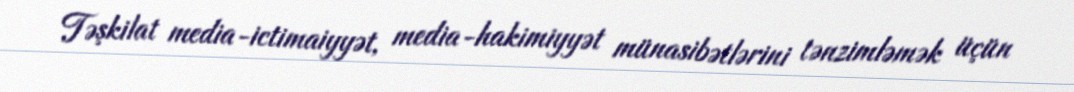
Təşkilat media-ictimaiyyət, media-hakimiyyət münasibətlərini tənzimləmək üçün